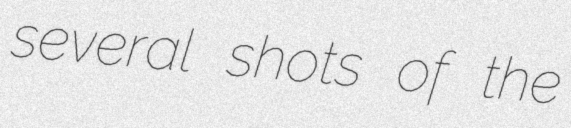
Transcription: several shots of the